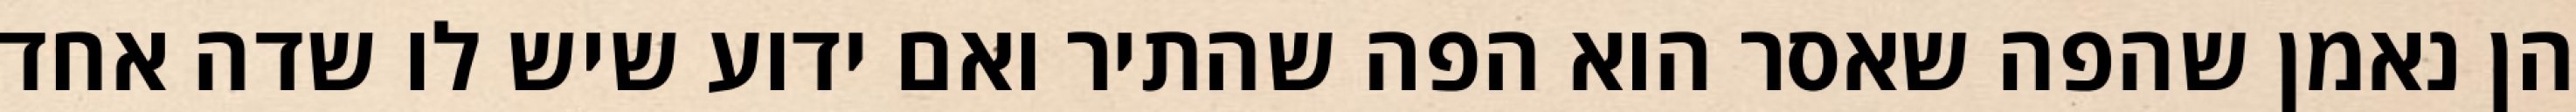
הן נאמן שהפה שאסר הוא הפה שהתיר ואם ידוע שיש לו שדה אחד